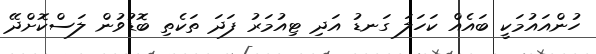
ހުންއައުމަކީ ބައެއް ކަހަލަ ގަނޑު އަދި ޓިއުމަރު ފަދަ ތަކެތި ބޮޑުވުން ލަސްކޮށްދޭ